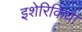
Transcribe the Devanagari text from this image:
इशेरिकिया